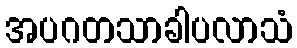
အပဂတသာခါပလာသံ